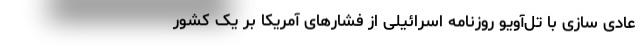
عادی سازی با تل‌آویو روزنامه اسرائیلی از فشارهای آمریکا بر یک کشور